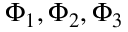
\Phi _ { 1 } , \Phi _ { 2 } , \Phi _ { 3 }